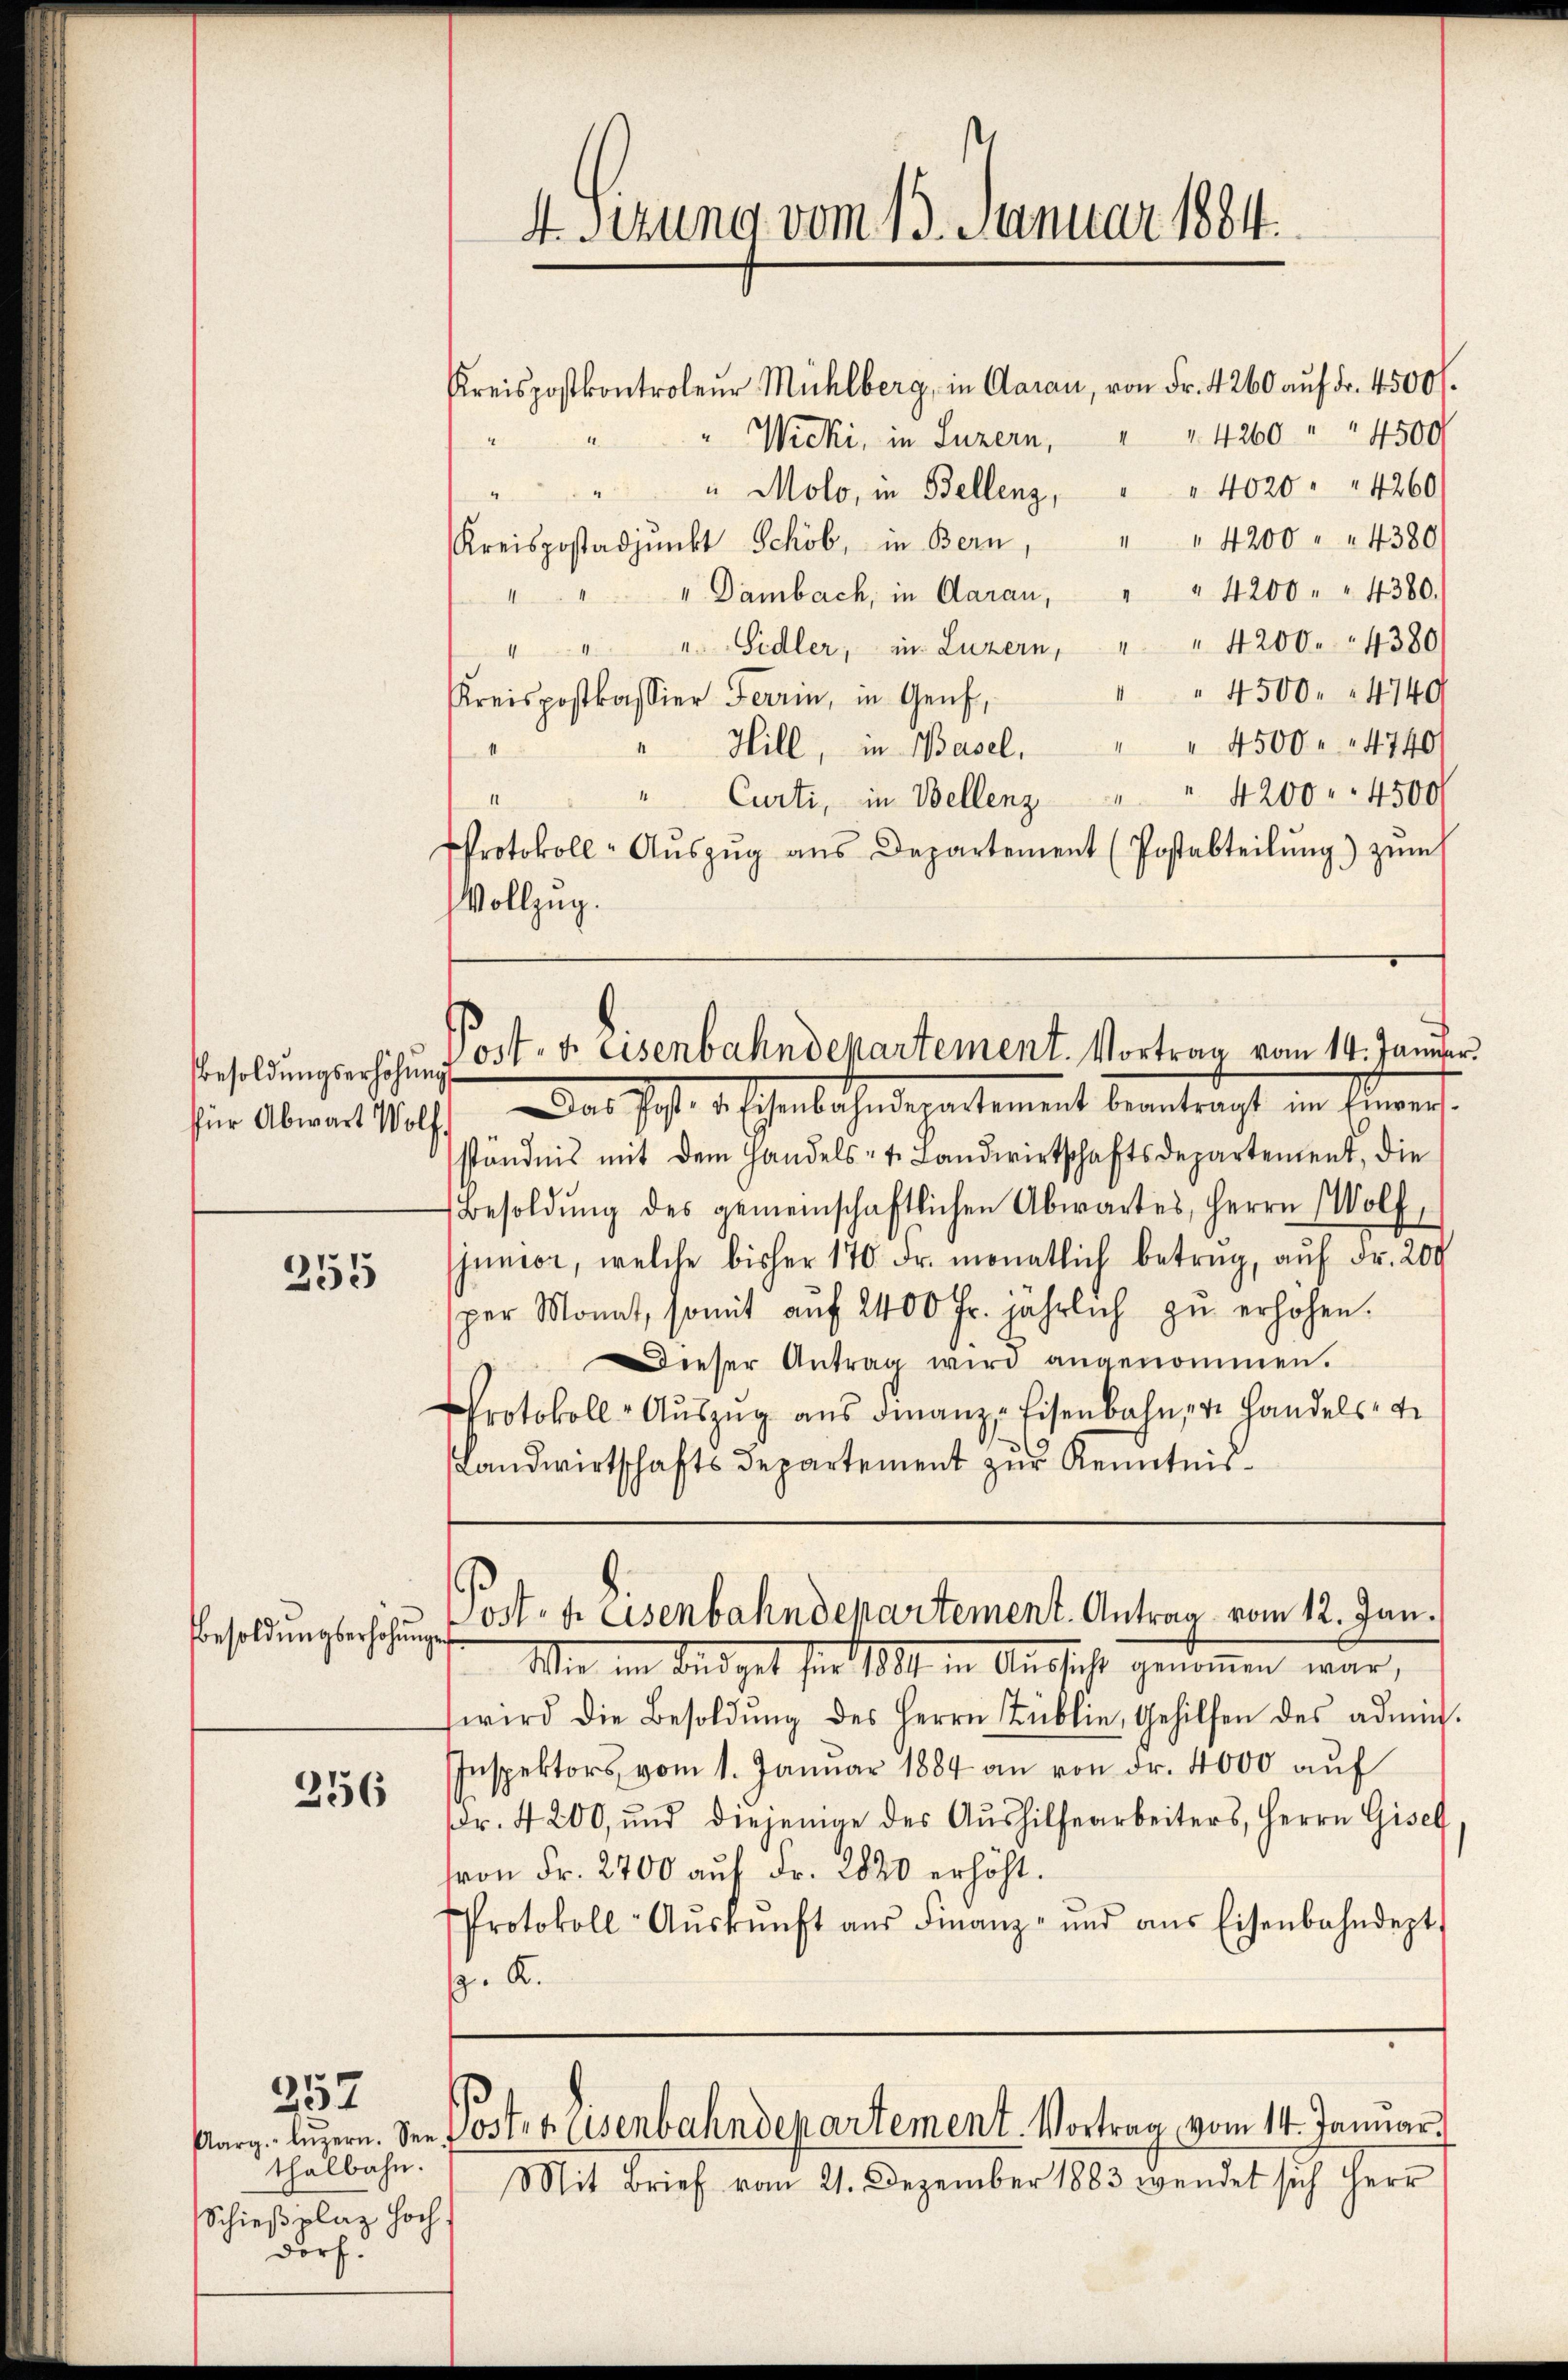
Besoldungserhöhŭng
für Abwart Wolf,

255

256

257

Besoldungserhöhunge

thalbahn.
Schießplaz hoch.
dorf.

4. Sitzung vom 13. Januar 1884.

Kreispostkontroleŭr Mühlberg, in Aarau, von Fr. 4260 aŭf Fr. 4500 f.
4260 " " 4500
Wicki, in Luzern,
4
10
40204260
" Molo, in Bellenz,
4
Kreispostadjunkt Schöb, in Bern, " " 4200 " " 4380
" " " Dambach, in Garan, " " 4200 " " 4380.
" " " Sidler, in Luzern, " " 4200. 4380
" 4500. 4740
Kreispostkassier Ferrin, in Genf,
" Hill, in Basel. " " 4500 " " 4740
1
4200. 4500/
11
" Curti, in Bellenz
I
Protokoll-Aŭszŭg ans Departement (Postabteilŭng zŭm
Vollzug.
Post- u. Eisenbahndepartement. Vortrag vom 14. Januar
Das Post. v. Schenbahndepartement beantragt in Einver
ständnis mit dem Handels- u. Landwirtschaftsdepartement, die
Besoldŭng des gemeinschaftlichen Abwartes, Herrn Wolf,
junior, welche bisher 170 dr. monatlich betrag, auf Fr. 200
per Monat, somit aŭf 2400 fr. jährlich zŭ erhöhen.
Dieser Antrag wird angenommen.
Protokoll- Auszug aus Finanze Eisenbahn, v. Handels di
Landwirtschafts Departement zur Kenntnis¬

Post pr Eisenbahndepartement. Antrag vom 12. Jan.

Mit Brief vom 21. Dezember 1883 wendet sich Herr

Wie im das gut für 1891 in Ausicht genommen war,
wird die Besoldŭng des Herrn Pŭblie, Gehilfen des admi
Inspektors vom 1. Januar 1884 an von Fr. 4000 auf
r. 4200, und diejenige des Aŭshilfearbeiters, Herrn Gisel
hron Fr. 2700 auf Fr. 2820 erhöht.
Protokoll-Aŭskŭnft aŭs Finanz- und aus Eisenbahndept
. K.

Aarg. Lŭzern. See Postet. Eisenbahndepartement. Vortrag vom 14. Januar.